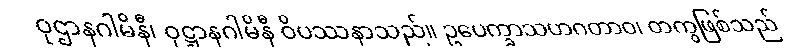
ဝုဌာနဂါမိနီ၊ ဝုဋ္ဌာနဂါမိနီ ဝိပဿနာသည်။ ဥပေက္ခာသဟဂတာဝ၊ တကွဖြစ်သည်